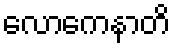
လောကေနာတိ